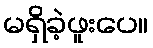
မရှိခဲ့ဖူးပေ။